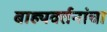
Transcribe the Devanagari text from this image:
बाह्यवर्तनांचा